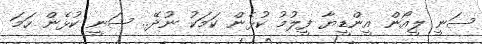
ސަނީ ލީއޯން އީންޑީޔާ ފީލުމު ކުޅެން ކަމަކު ނުދޭ.. ސަނީ ކުޅެން ހަމަ